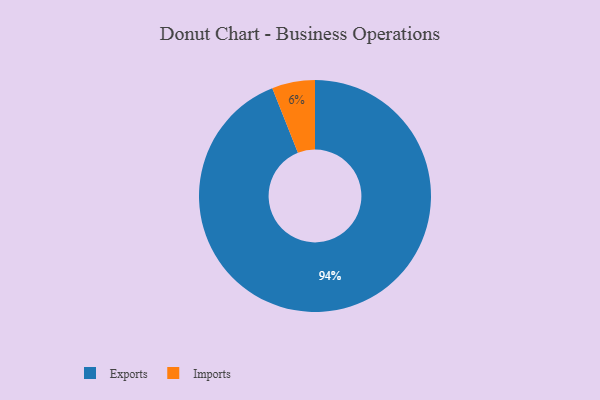
{"axis": {"x": "Category", "y": "Percentage"}, "legend": ["Exports", "Imports"], "data": [{"x": "Exports", "y": 94, "type": "Exports"}, {"x": "Imports", "y": 6, "type": "Imports"}]}